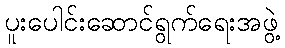
ပူးပေါင်းဆောင်ရွက်ရေးအဖွဲ့